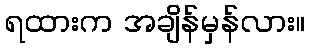
ရထားက အချိန်မှန်လား။